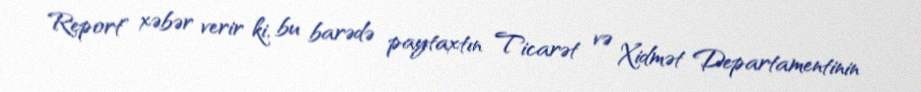
Report" xəbər verir ki, bu barədə paytaxtın Ticarət və Xidmət Departamentinin